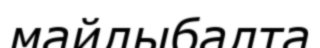
майлыбалта